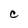
Character: C